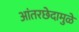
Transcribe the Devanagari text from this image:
आंतरछेदामुळे